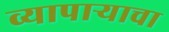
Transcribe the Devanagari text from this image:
व्यापार्‍याचा